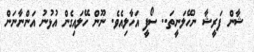
ޝާން ފަރީޝާ ނުހޭލަނީތަ.. ސޯފީ އަހާލިއެވެ. ނޫން ހޭލައިގެން އުޅުނު އަންނާނަން